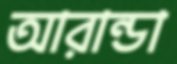
আরান্ডা